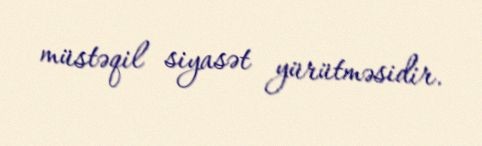
müstəqil siyasət yürütməsidir.